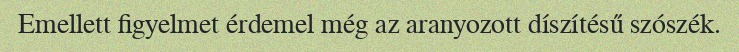
Emellett figyelmet érdemel még az aranyozott díszítésű szószék.